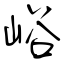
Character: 峪